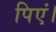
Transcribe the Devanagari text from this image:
पिएं।